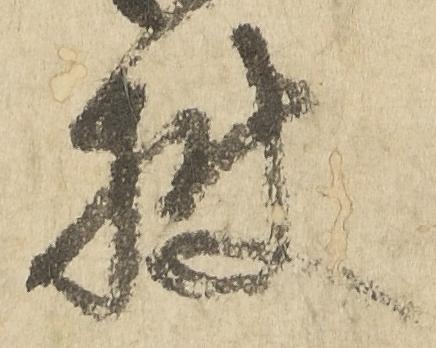
披